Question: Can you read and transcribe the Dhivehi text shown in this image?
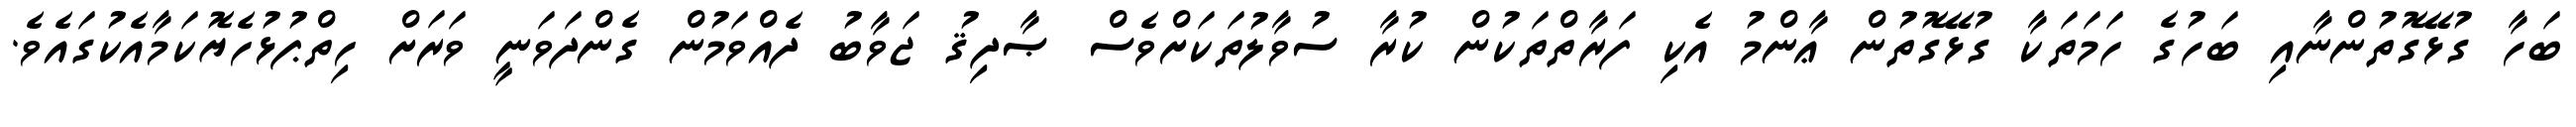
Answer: ބަހާ ގުޅޭގޮތުންނާއި ބަހުގެ ހަމަތަކާ ގުޅޭގޮތުން ޢާންމު އެކި ފަރާތްތަކުން ކުރާ ސުވާލުތަކަށްވެސް ޞާދިޤު ޖަވާބު ދެއްވަމުން ގެންދަވަނީ ވަރަށް ހިތްޕުޅުހެޔޮކަމާއެކުގައެވެ.